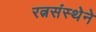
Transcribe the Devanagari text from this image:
रत्नसंस्थेने